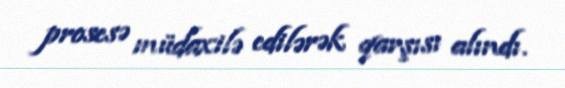
prosesə müdaxilə edilərək qarşısı alındı.